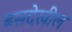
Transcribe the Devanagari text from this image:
बसदेखील